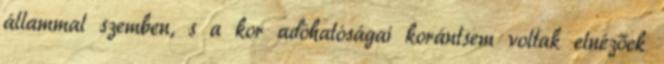
állammal szemben, s a kor adóhatóságai korántsem voltak elnézőek